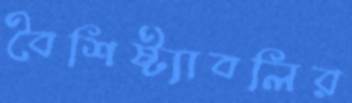
বৈশিষ্ট্যাবলির